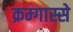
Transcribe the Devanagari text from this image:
क्रम्गास्से